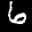
Label: 6